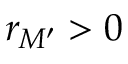
r _ { M ^ { \prime } } > 0